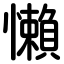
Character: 懶